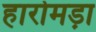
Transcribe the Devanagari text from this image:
हारोमड़ा